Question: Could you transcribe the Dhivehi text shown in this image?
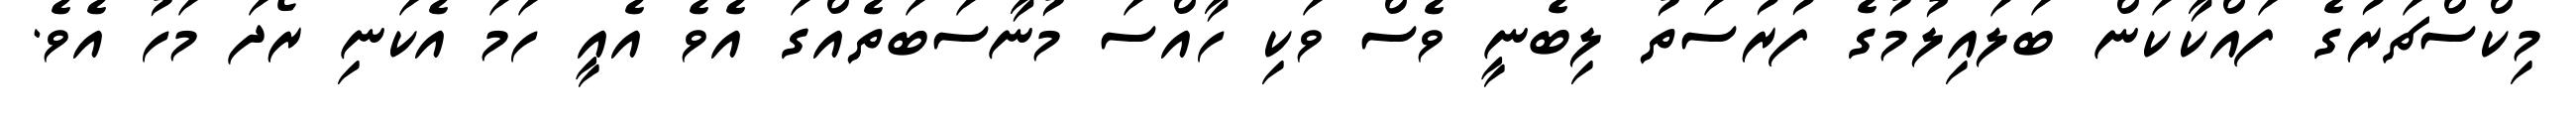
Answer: މިކްސްޗަރުގެ ފައްކާކަން ބަލައިލުމުގެ ފުރުސަތު ލިބެނީ ވެސް ވަކި ހާއްސަ މުނާސަބަތެއްގަ އެވެ އެއީ ހަމަ އެކަނި ރޯދަ މަހު އެވެ.